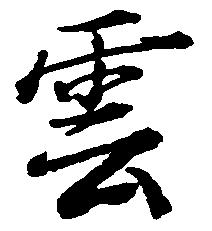
雲